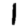
Digit: 1